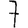
Digit: 7